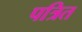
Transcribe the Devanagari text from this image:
पत्रित